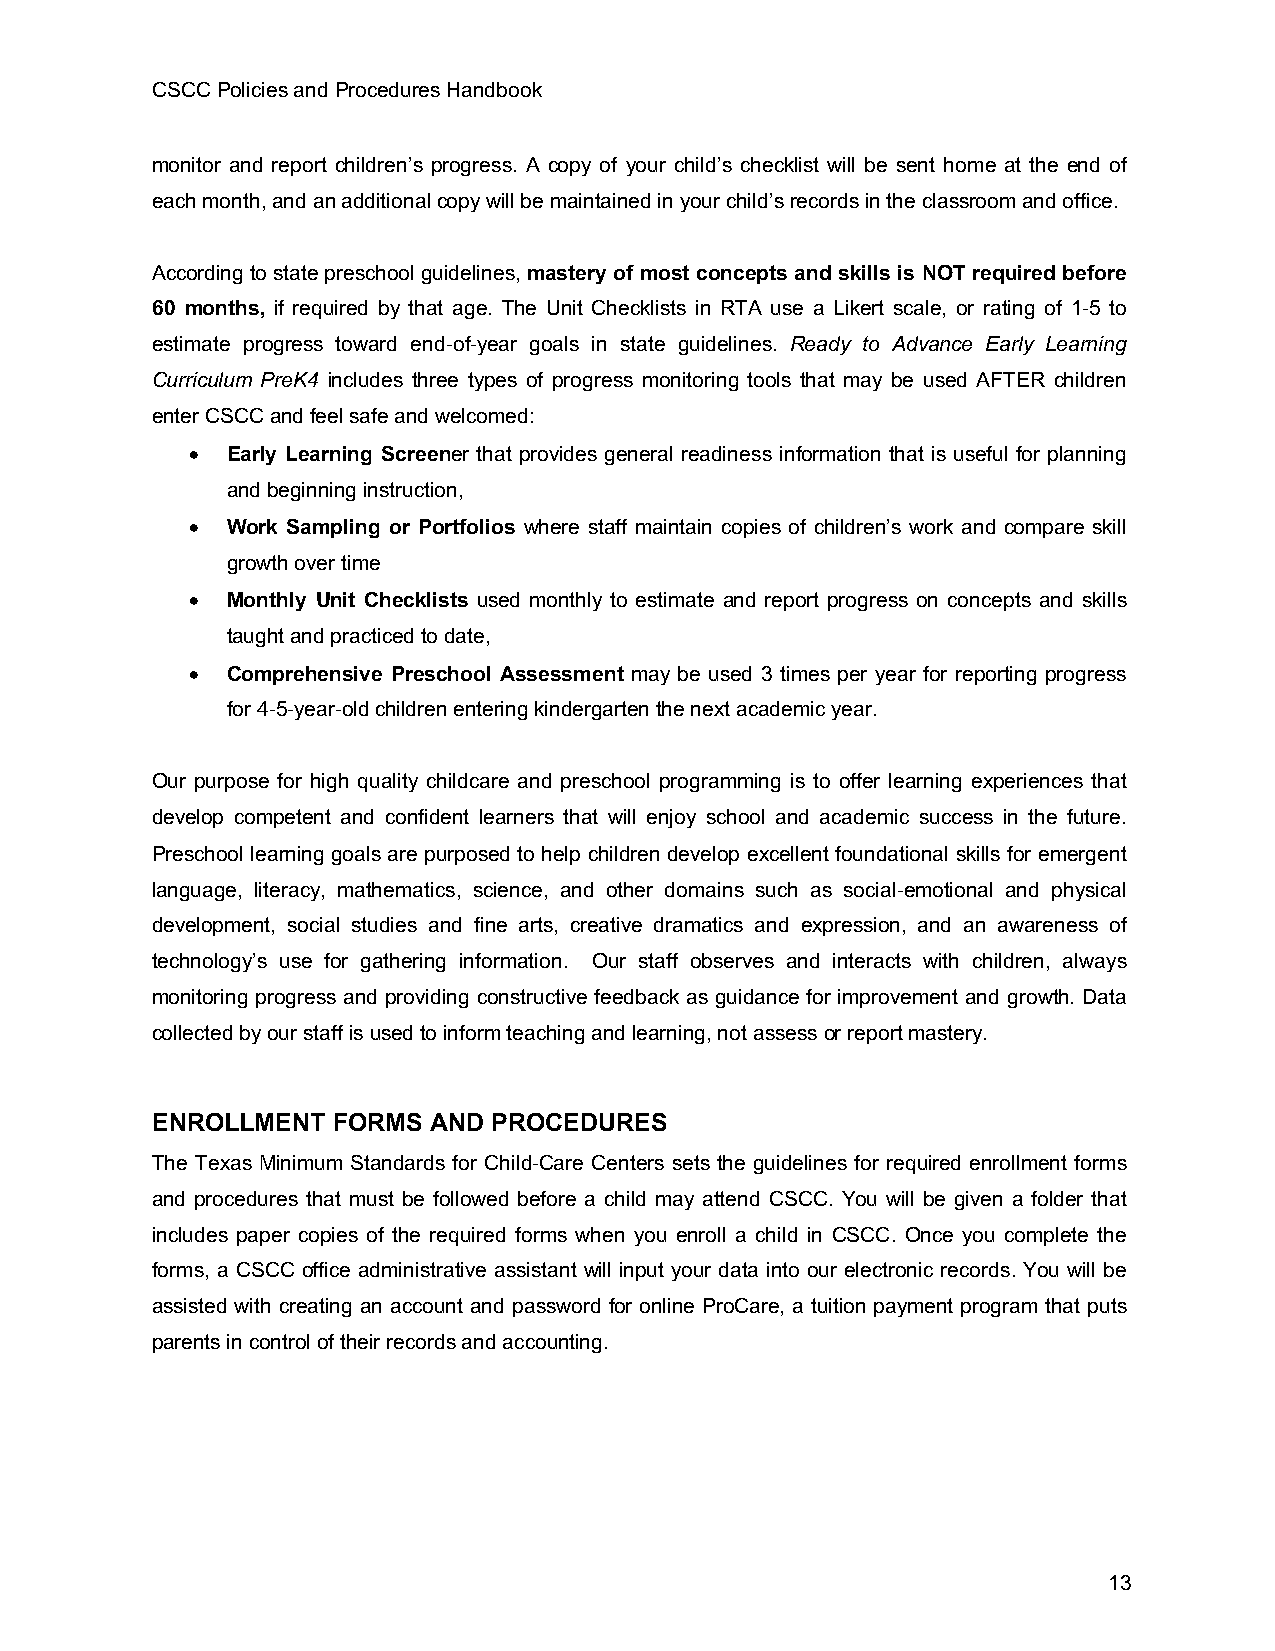
CSCC Policies and Procedures Handbook
 monitor and report children’s progress. A copy of your child’s checklist will be sent home at the end of
 each month, and an additional copy will be maintained in your child’s records in the classroom and office.
 According to state preschool guidelines, mastery of most concepts and skills is NOT required before
 60 months, if required by that age. The Unit Checklists in RTA use a Likert scale, or rating of 1-5 to
 estimate progress toward end-of-year goals in state guidelines. Ready to Advance Early Learning
 Curriculum PreK4 includes three types of progress monitoring tools that may be used AFTER children
 enter CSCC and feel safe and welcomed:
 • Early Learning Screener that provides general readiness information that is useful for planning
 and beginning instruction,
 • Work Sampling or Portfolios where staff maintain copies of children’s work and compare skill
 growth over time
 • Monthly Unit Checklists used monthly to estimate and report progress on concepts and skills
 taught and practiced to date,
 • Comprehensive Preschool Assessment may be used 3 times per year for reporting progress
 for 4-5-year-old children entering kindergarten the next academic year.
 Our purpose for high quality childcare and preschool programming is to offer learning experiences that
 develop competent and confident learners that will enjoy school and academic success in the future.
 Preschool learning goals are purposed to help children develop excellent foundational skills for emergent
 language, literacy, mathematics, science, and other domains such as social-emotional and physical
 development, social studies and fine arts, creative dramatics and expression, and an awareness of
 technology’s use for gathering information. Our staff observes and interacts with children, always
 monitoring progress and providing constructive feedback as guidance for improvement and growth. Data
 collected by our staff is used to inform teaching and learning, not assess or report mastery.
 ENROLLMENT  FORMS AND PROCEDURES
 The Texas Minimum Standards for Child-Care Centers sets the guidelines for required enrollment forms
 and procedures that must be followed before a child may attend CSCC. You will be given a folder that
 includes paper copies of the required forms when you enroll a child in CSCC. Once you complete the
 forms, a CSCC office administrative assistant will input your data into our electronic records. You will be
 assisted with creating an account and password for online ProCare, a tuition payment program that puts
 parents in control of their records and accounting.
 13